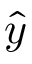
\hat { y }